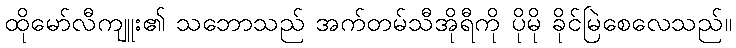
ထိုမော်လီကျူး၏ သဘောသည် အက်တမ်သီအိုရီကို ပိုမို ခိုင်မြဲစေလေသည်။